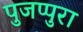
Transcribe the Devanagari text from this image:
पुजप्पुरा